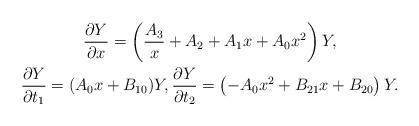
LaTeX: \begin{gather*}\frac{\partial Y}{\partial x}=\left( \frac{A_3}{x}+A_2+A_1x+A_0x^2 \right)Y ,\\\frac{\partial Y}{\partial t_1} =(A_0 x+B_{10})Y ,\frac{\partial Y}{\partial t_2}=\left( -A_0 x^2+B_{21}x+B_{20} \right)Y .\end{gather*}